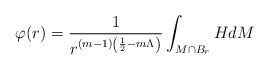
\begin{align*}\varphi(r)=\frac{1}{r^{(m-1)\left(\frac{1}{2} - m\Lambda\right)}}\int_{M\cap B_r} H dM\end{align*}